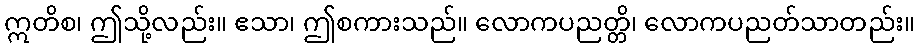
ဣတိစ၊ ဤသို့လည်း။ ဧသာ၊ ဤစကားသည်။ လောကပညတ္တိ၊ လောကပညတ်သာတည်း။